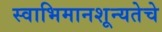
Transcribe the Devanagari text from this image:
स्वाभिमानशून्यतेचे